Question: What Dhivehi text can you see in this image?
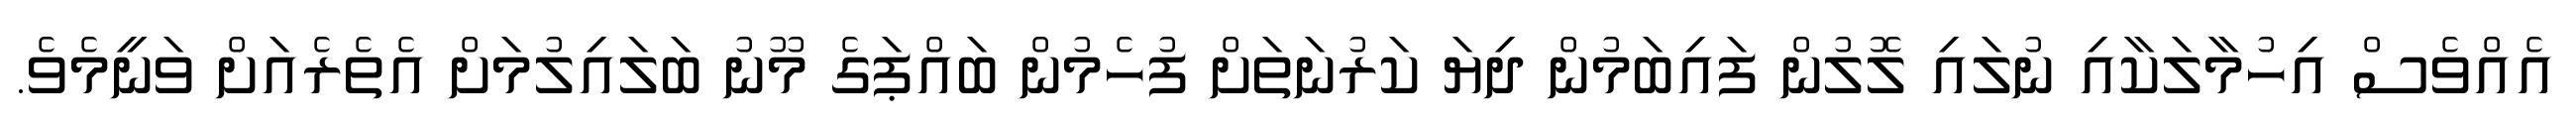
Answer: އެއްވެސް އިހުމާލަކާއި ނުލައި ލޮލުން ފައިބަމުން ދިޔަ ކަރުނަތަށް ފުހެމުން ބައްޕަގެ މޫނު ބަލައިލުމަށް އެތެރެއަށް ވަނީމެވެ.